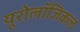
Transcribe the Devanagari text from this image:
यूरोलॉजिकल